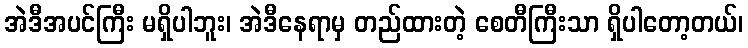
အဲဒီအပင်ကြီး မရှိပါဘူး၊ အဲဒီနေရာမှ တည်ထားတဲ့ စေတီကြီးသာ ရှိပါတော့တယ်၊